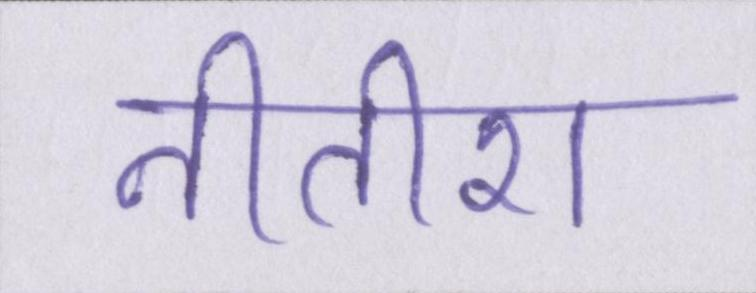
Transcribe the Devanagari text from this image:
नीतीश